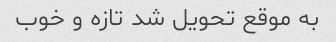
به موقع تحویل شد تازه و خوب